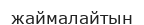
жаймалайтын